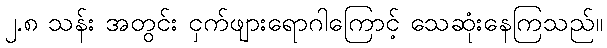
၂.၈ သန်း အတွင်း ငှက်ဖျားရောဂါကြောင့် သေဆုံးနေကြသည်။